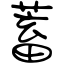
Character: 蓄